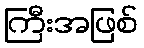
ကြီးအဖြစ်